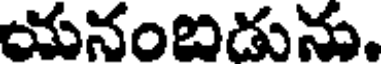
యనంబిడును.